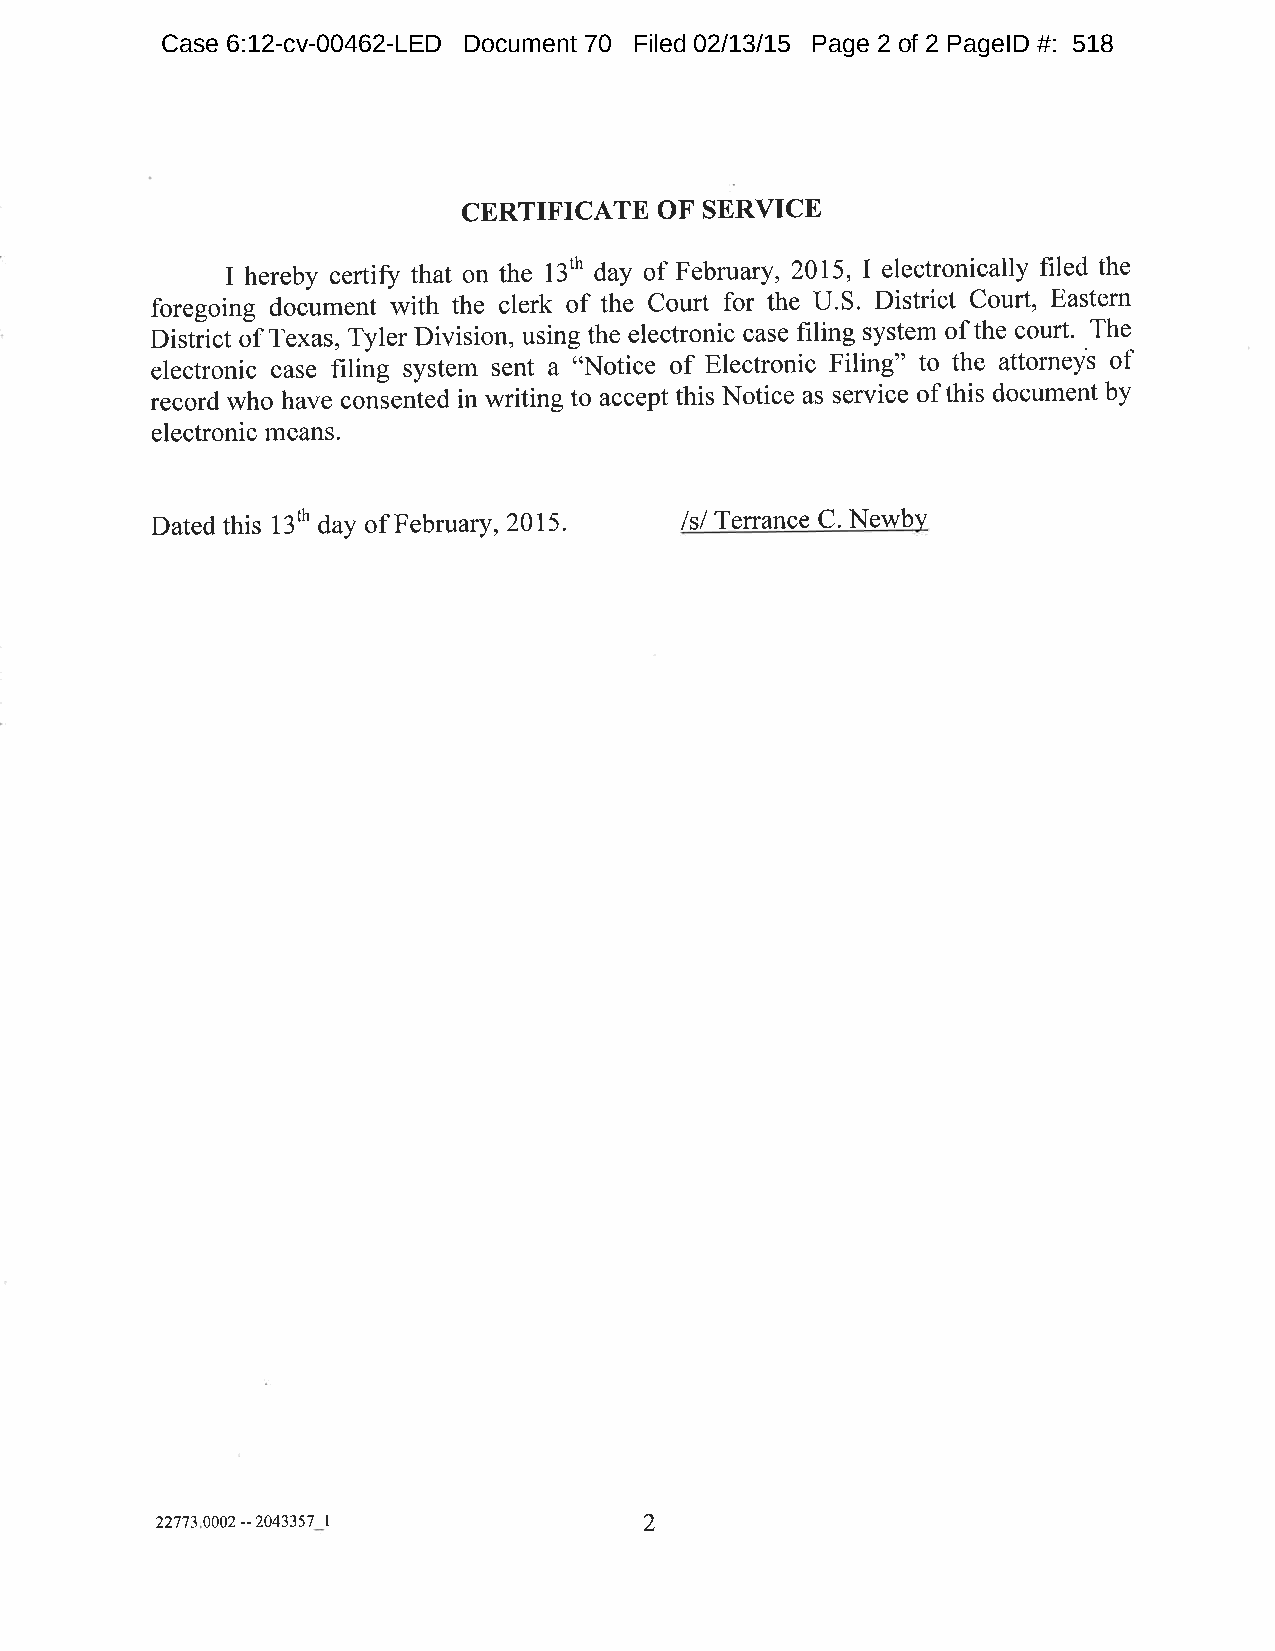
Case 6:12-cv-00462-LED Document 70 Filed 02/13/15 Page 2 of 2 PageID #: 518
 CERTIFICATE  OF SERVICE
 I hereby certiff that on the 13th day of February, 2015,I electronically filed the
 foregoing document with the clerk of the Court for the U.S. District Court, Eastern
 Distiict of T.*ur, Tyler Division, using the electronic case filing system of the court. The
 electronic case filing system sent a i'Notice of Electronic Filing" to the attorneys of
 record who have coniented in writing to accept this Notice as service of this document by
 electronic means.
 Dated this 13th day of February, 2015. /s/ Terrance C. Newbv
 227730002-2043357 I              2